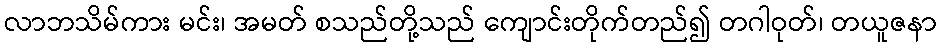
လာဘသိမ်ကား မင်း၊ အမတ် စသည်တို့သည် ကျောင်းတိုက်တည်၍ တဂါဝုတ်၊ တယူဇနာ